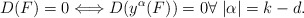
\begin{align*}D(F)=0\Longleftrightarrow D(y^{\alpha}(F))=0 \forall \; |\alpha|=k-d.\end{align*}